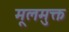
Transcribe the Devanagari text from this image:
मूलमुक्त